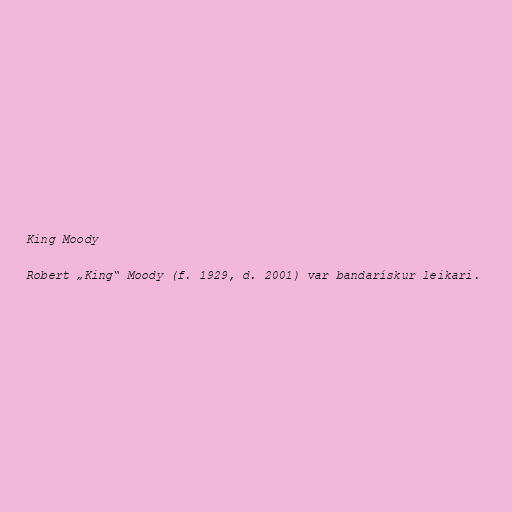
King Moody

Robert „King“ Moody (f. 1929, d. 2001) var bandarískur leikari.